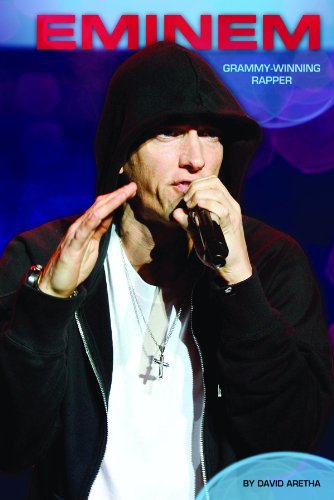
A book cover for Eminem: Grammy-Winning Rapper (Contemporary Lives (Abdo)); David Aretha; Teen & Young Adult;